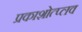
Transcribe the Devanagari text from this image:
प्रकाशोत्प्लव